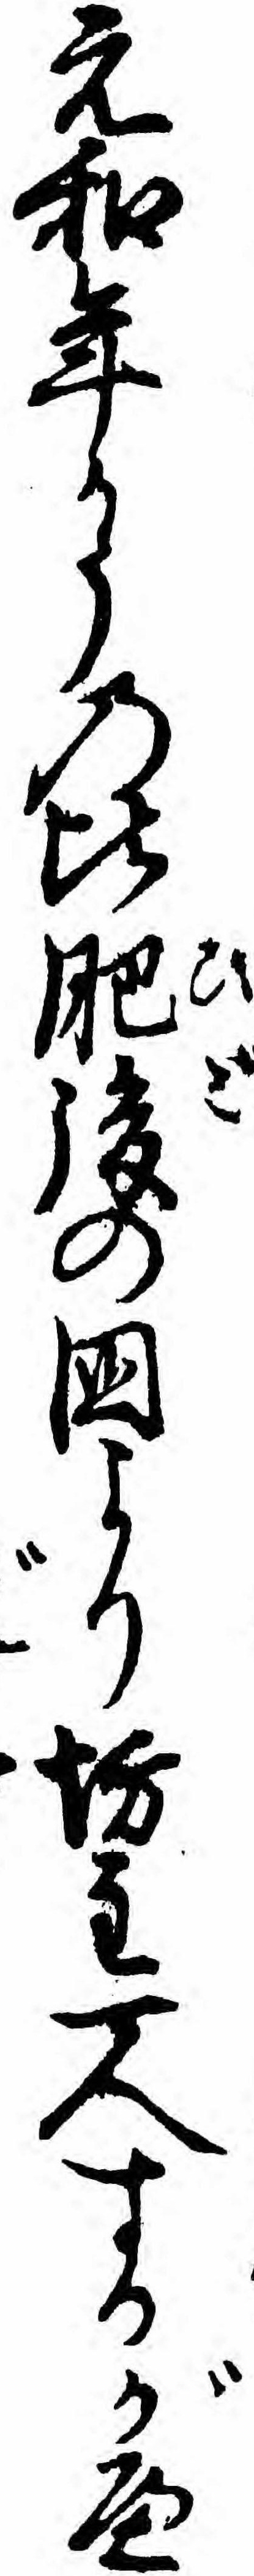
元和年かうの比肥後の国より坊主一人するがへ